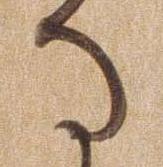
る